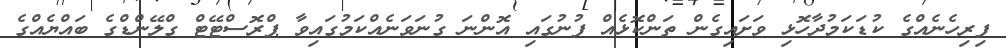
ފިރިހެނެއްގެ ކުޑަކަމުދާހޮޅި ވަށައިގެން ތަންކޮޅެއް ފުނުގައި އޮންނަ ގުނަވަނެއްކަމުގައިވާ ޕްރޮސްޓޭޓް ގްލޭންޑްގެ ބައްޔެއްގެ